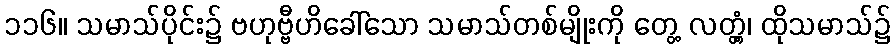
၁၁၆။ သမာသ်ပိုင်း၌ ဗဟုဗ္ဗီဟိခေါ်သော သမာသ်တစ်မျိုးကို တွေ့ လတ္တံ့၊ ထိုသမာသ်၌